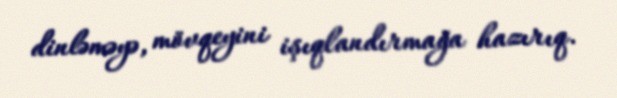
dinləməyə, mövqeyini işıqlandırmağa hazırıq.